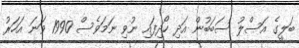
ބަލީގެ އަސްލު ސަބަބުން އަދި ހޯދިފައި ނުވި ނަމަވެސް 1990 ވަނަ އަހަރު